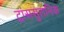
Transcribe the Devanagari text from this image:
ट्रांससुरानिक